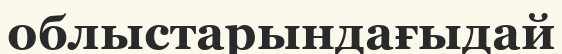
облыстарындағыдай